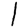
Digit: 1